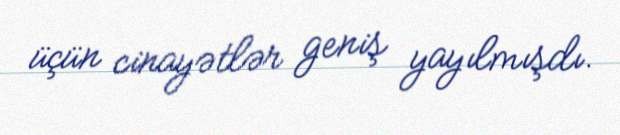
üçün cinayətlər geniş yayılmışdı.